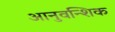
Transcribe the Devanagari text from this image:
आनुवन्शिक